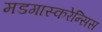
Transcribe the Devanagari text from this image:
मडगास्करेन्सिस